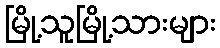
မြို့သူမြို့သားများ